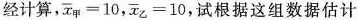
经计算，$$\overline{x}_{甲}=10$$，$$\overline{x}_{乙}=10$$,试根据这组数据估计